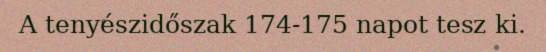
A tenyészidőszak 174-175 napot tesz ki.